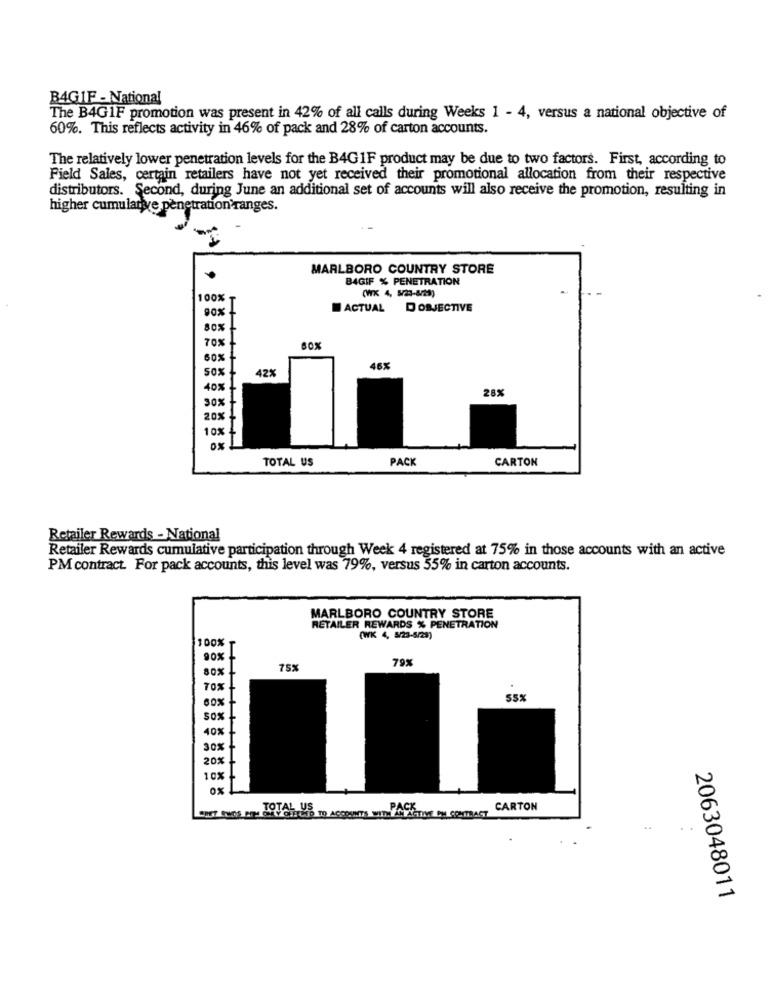
B4GIF - National
The B4G1F promotion was present in 42% of all calls during Weeks 1 - 4, versus a national objective of
60%. This reflects activity in 46% of pack and 28% of carton accounts.
The relatively lower penetration levels for the B4G1F product may be due to two factors. First, according to
Field Sales, certain retailers have not yet received their promotional allocation from their respective
distributors. Second, during June an additional set of accounts will also receive the promotion, resulting in
higher cumulative penetration ranges.
MARLBORO COUNTRY STORE
B4GIF % PENETRATION
(WK 4, 5/23-8/28)
100% T
90%
ACTUAL DOBJECTIVE
80% !
70% !
60%
50%
42%
46%
40%
28%
30%
20%
10%
TOTAL US
PACK
CARTON
Retailer Rewards - National
Retailer Rewards cumulative participation through Week 4 registered at 75% in those accounts with an active
PM contract. For pack accounts, this level was 79%, versus 55% in carton accounts.
MARLBORO COUNTRY STORE
RETAILER REWARDS % PENETRATION
(WK 4, 5/23-5/23)
100% T
90%
79%
80%
75%
70%
60%
55%
50%
40%
20%
10%
0x
AO AGTIVE CH CONTRACT
CARTON
2063048011